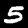
Digit: 5